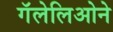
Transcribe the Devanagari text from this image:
गॅलेलिओने